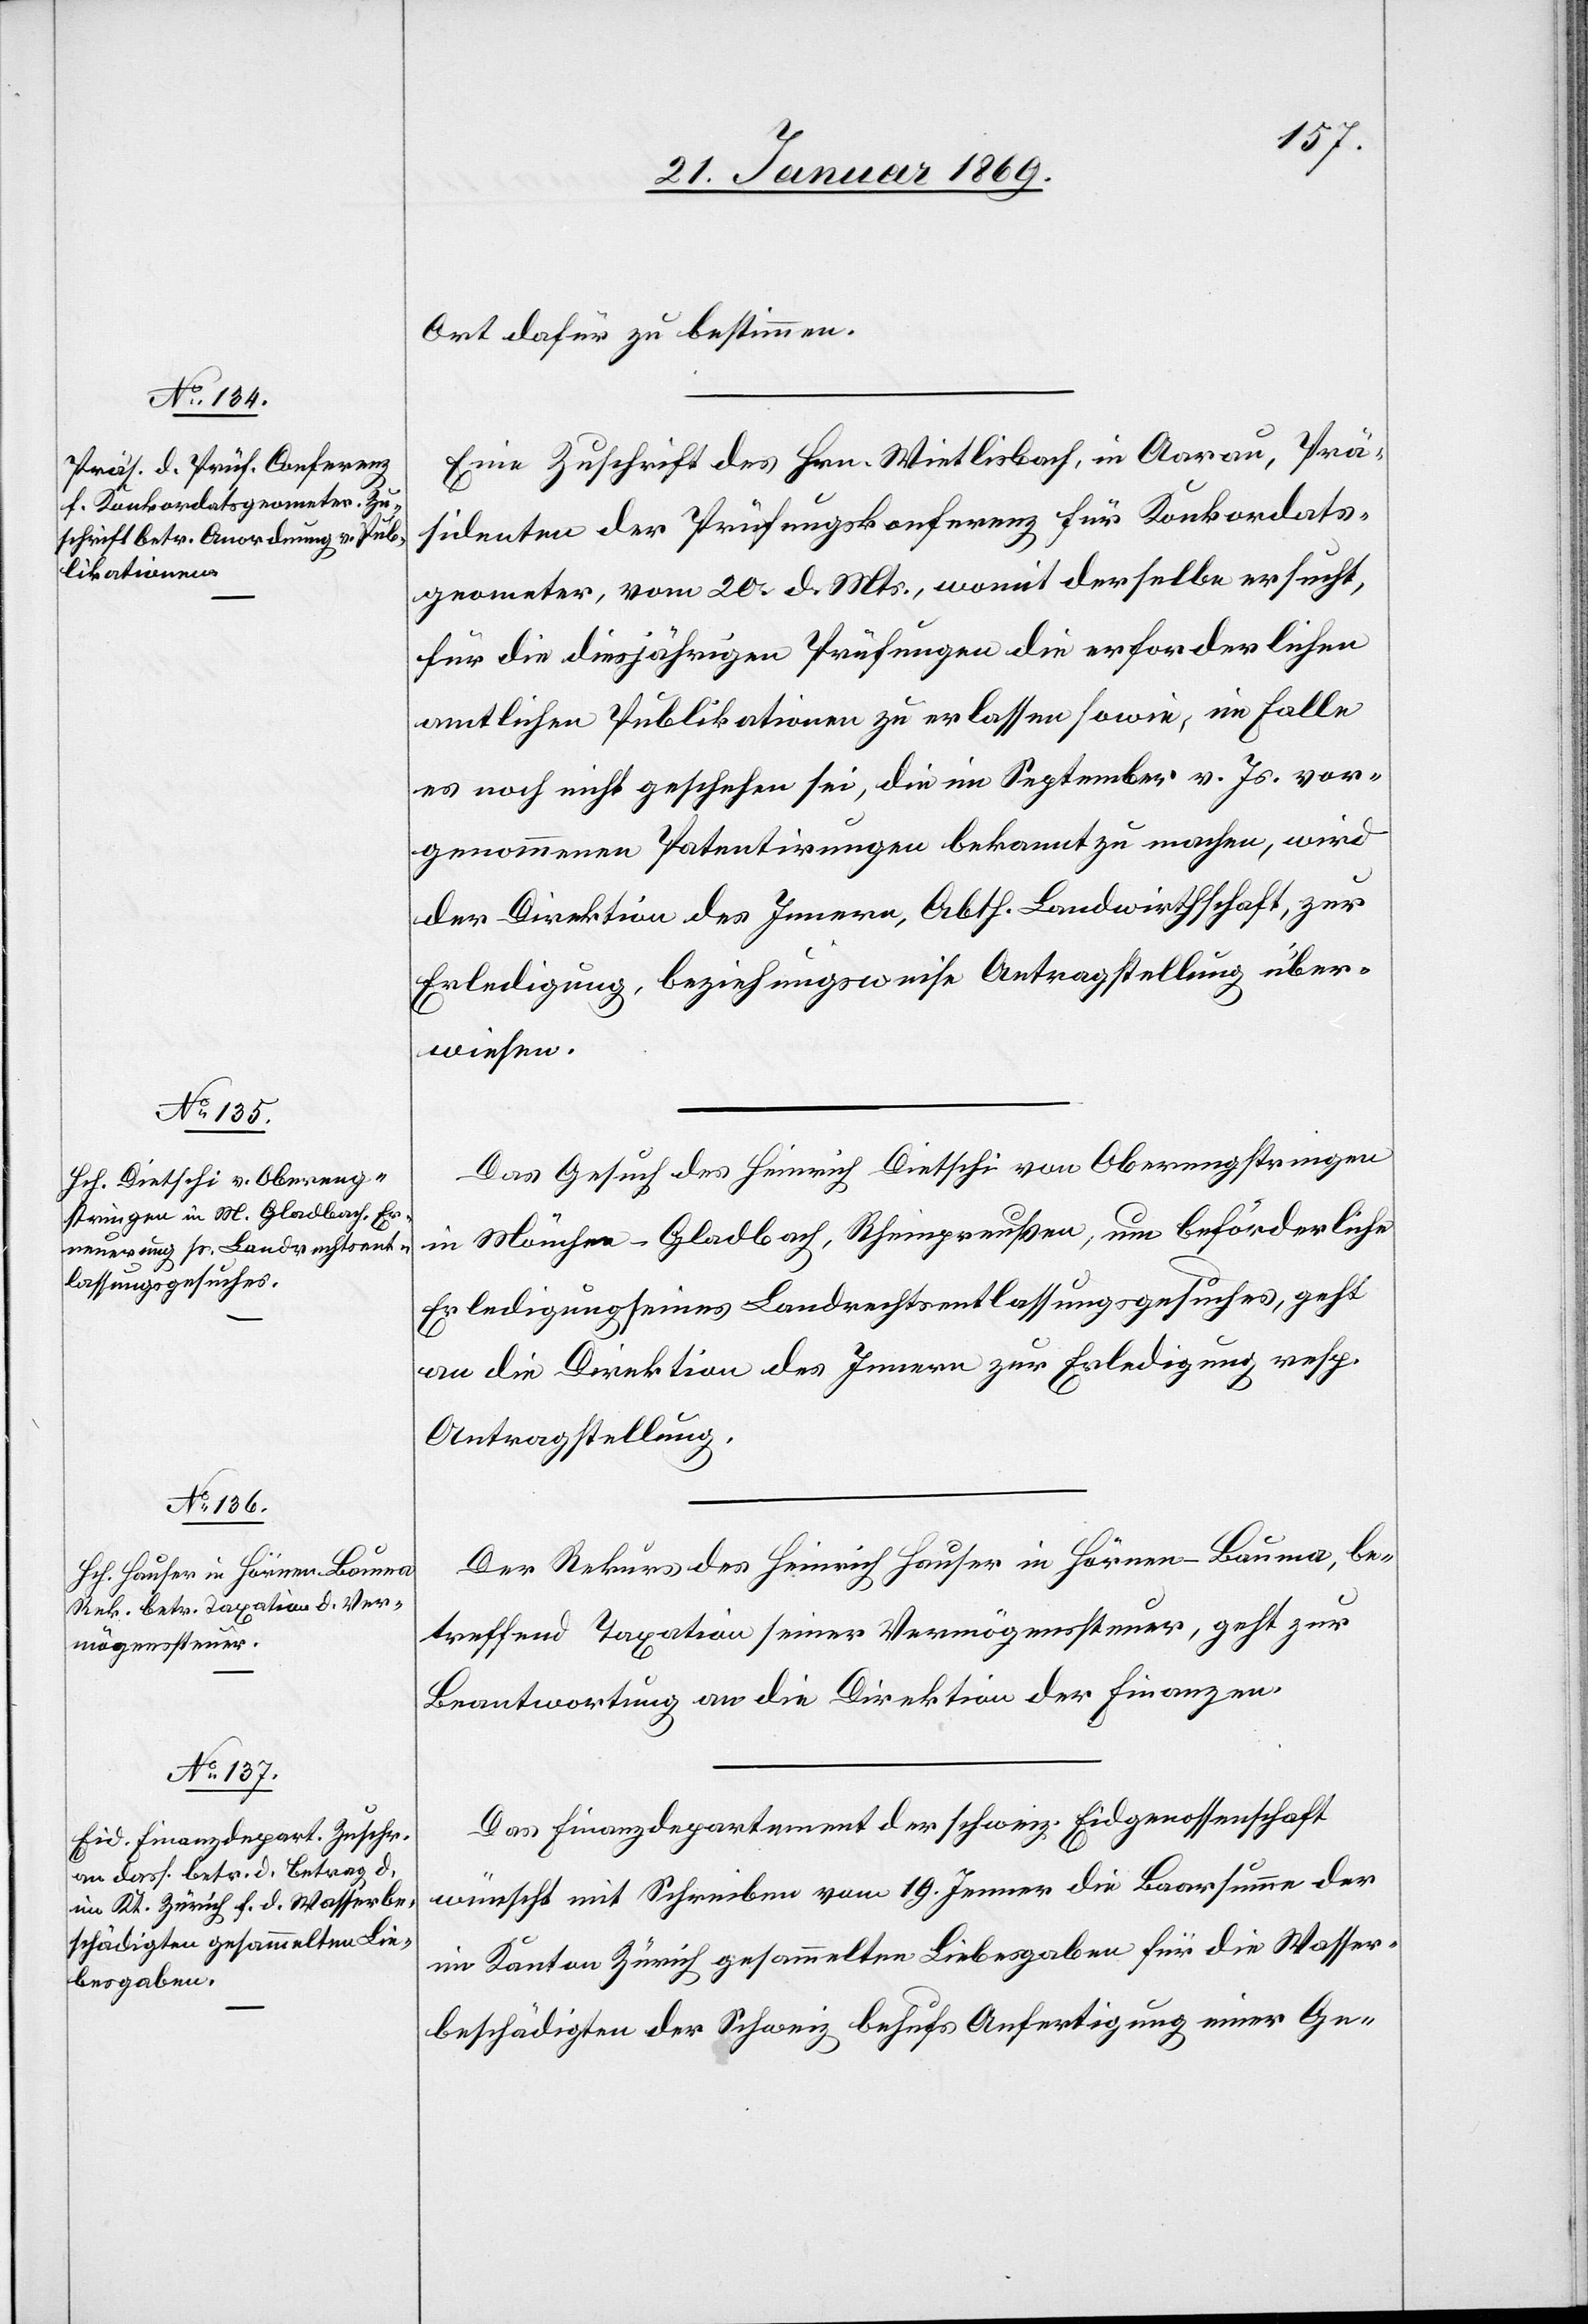
25. Januar 1869.]
Ort dafür zu bestimmten.
Eine Zuschrift des Hrn. Wietlisbach, in Aarau, Prä¬
sidenten der Prüfungskonferenz für Konkordats¬
geometer, vom 20. d. Mts., womit derselbe ersucht,
für die diesjährigen Prüfungen die erforderlichen
amtlichen Publikationen zu erlassen sowie, im Falle
es noch nicht geschehen sei, die im September v. Js. vor¬
genommenen Patentirungen bekannt zu machen, wird
der Direktion des Innern, Abth. Landwirthschaft, zur
Erledigung, beziehungsweise Antragstellung über¬
wiesen.
Das Gesuch des Heinrich Dietschi von Oberengstringen
in Mönchen-Gladbach, Rheinpreußen, um beförderliche
Erledigung seines Landrechtsentlassungsgesuches, geht
an die Direktion des Innern zur Erledigung resp.
Antragstellung.
Der Rekurs des Heinrich Hauser in Hörnen - Bauma, be¬
treffend Taxation seiner Vermögenssteuer, geht zur
Beantwortung an die Direktion der Finanzen.
Das Finanzdepartement der schweiz. Eidgenossenschaft
wünscht mit Schreiben vom 19. Jenner die Baarsumme der
im Kanton Zürich gesammelten Liebesabgaben für die Wasser¬
beschädigten der Schweiz behufs Anfertigung einer Ge-